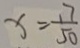
x = \frac { 1 7 } { 5 0 }